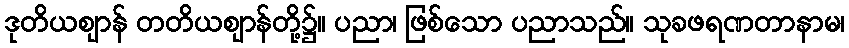
ဒုတိယဈာန် တတိယဈာန်တို့၌။ ပညာ၊ ဖြစ်သော ပညာသည်။ သုခဖရဏတာနာမ၊